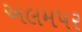
અલમપર